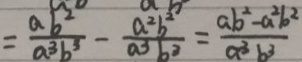
= \frac { a b ^ { 2 } } { a ^ { 3 } b ^ { 3 } } - \frac { a ^ { 2 } b ^ { 2 } } { a ^ { 3 } b ^ { 3 } } = \frac { a b ^ { 2 } a ^ { 2 } b ^ { 2 } } { a ^ { 3 } b ^ { 2 } }